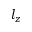
l _ { z }